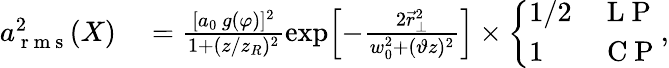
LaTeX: \begin{array}{rl}{a_{\mathrm{~r~m~s~}}^{2}(X)}&{{}=\frac{[a_{0}\, g(\varphi)]^{2}}{1+(z/z_{R})^{2}}\exp\! \left[-\frac{2\vec{r}_{\perp}^{2}}{w_{0}^{2}+(\vartheta z)^{2}}\right]\times\left\{ \begin{array}{ll}{1/2}&{\mathrm{~L~P~}}\\ {1}&{\mathrm{~C~P~}}\end{array}\right.,}\end{array}